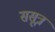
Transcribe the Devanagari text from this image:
ससूत्र